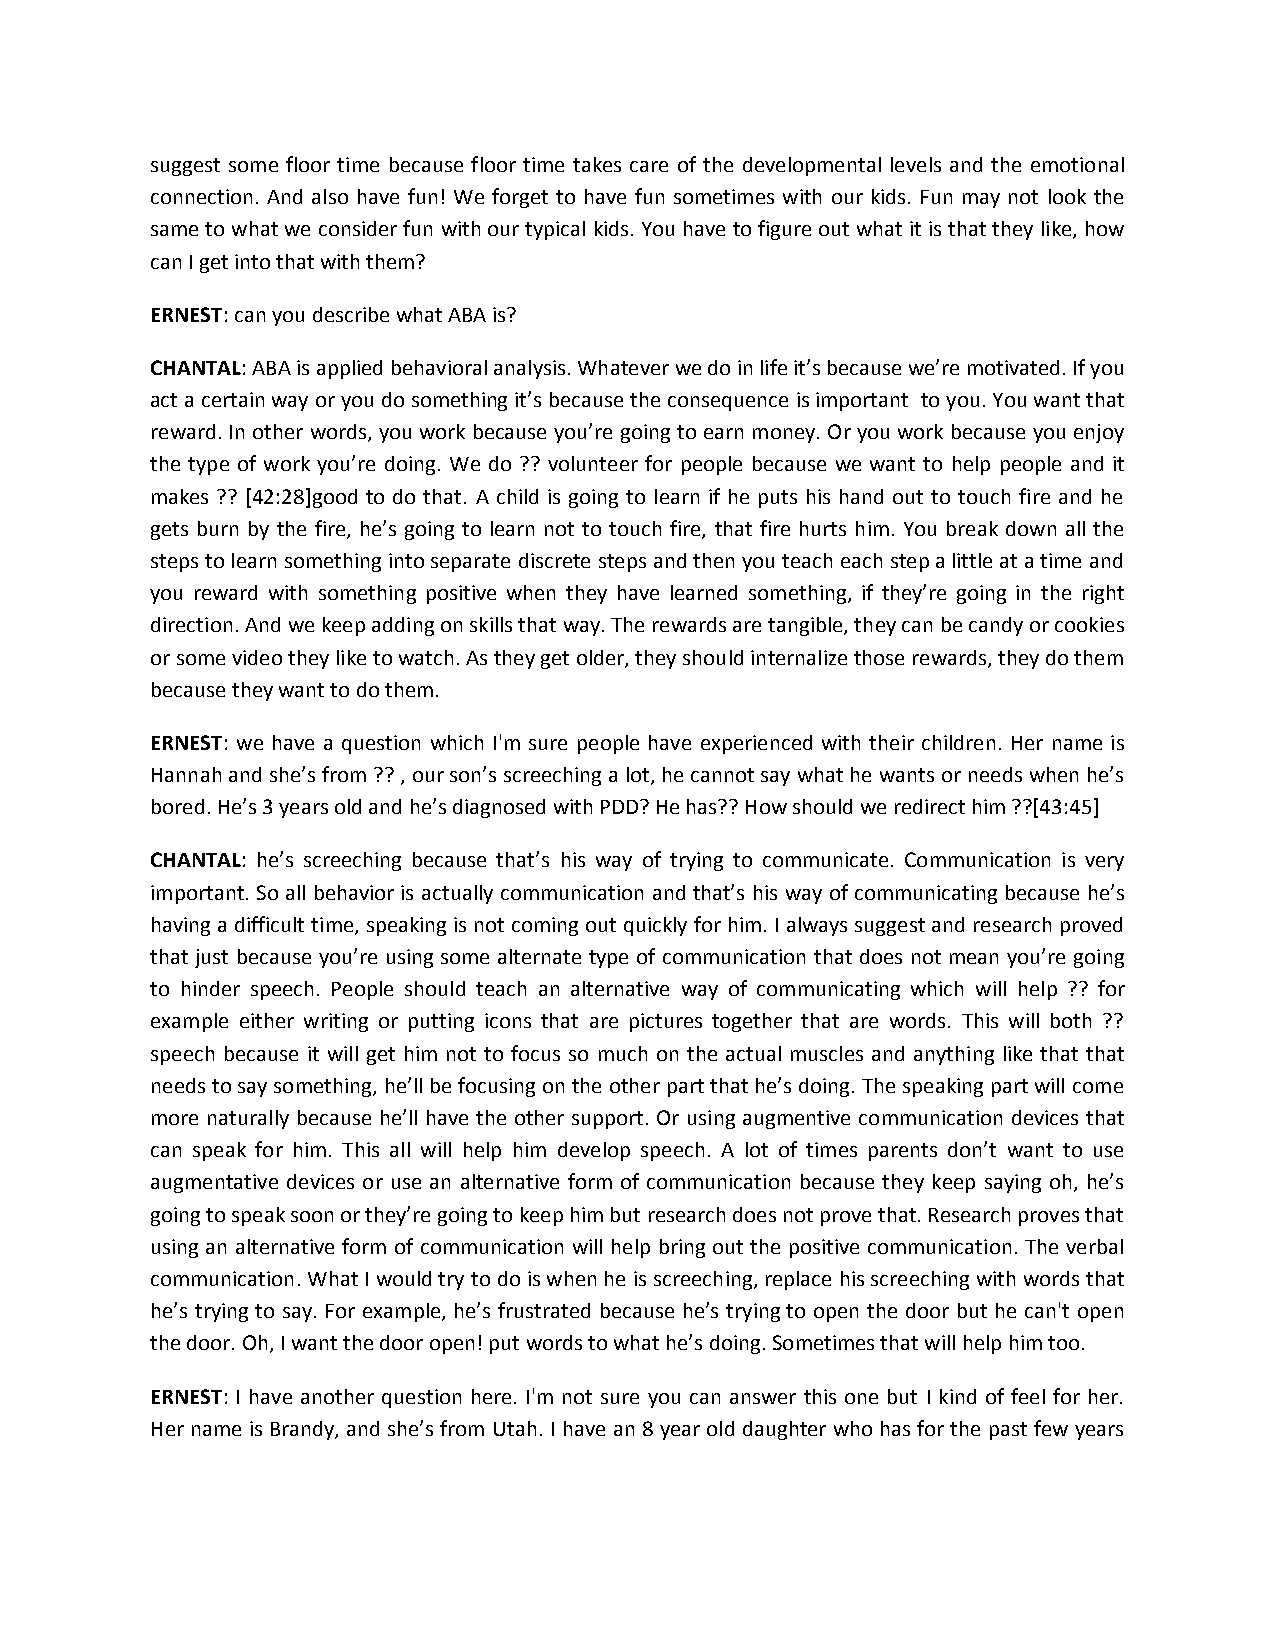
suggest some floor time because floor time takes care of the developmental levels and the emotional
 connection. And also have fun! We forget to have fun sometimes with our kids. Fun may not look the
 same to what we consider fun with our typical kids. You have to figure out what it is that they like, how
 can I get into that with them?
 ERNEST: can you describe what ABA is?
 CHANTAL: ABA is applied behavioral analysis. Whatever we do in life it’s because we’re motivated. If you
 act a certain way or you do something it’s because the consequence is important to you. You want that
 reward. In other words, you work because you’re going to earn money. Or you work because you enjoy
 the type of work you’re doing. We do ?? volunteer for people because we want to help people and it
 makes ?? [42:28]good to do that. A child is going to learn if he puts his hand out to touch fire and he
 gets burn by the fire, he’s going to learn not to touch fire, that fire hurts him. You break down all the
 steps to learn something into separate discrete steps and then you teach each step a little at a time and
 you reward with something positive when they have learned something, if they’re going in the right
 direction. And we keep adding on skills that way. The rewards are tangible, they can be candy or cookies
 or some video they like to watch. As they get older, they should internalize those rewards, they do them
 because they want to do them.
 ERNEST: we have a question which I'm sure people have experienced with their children. Her name is
 Hannah and she’s from ?? , our son’s screeching a lot, he cannot say what he wants or needs when he’s
 bored. He’s 3 years old and he’s diagnosed with PDD? He has?? How should we redirect him ??[43:45]
 CHANTAL: he’s screeching because that’s his way of trying to communicate. Communication is very
 important. So all behavior is actually communication and that’s his way of communicating because he’s
 having a difficult time, speaking is not coming out quickly for him. I always suggest and research proved
 that just because you’re using some alternate type of communication that does not mean you’re going
 to hinder speech. People should teach an alternative way of communicating which will help ?? for
 example either writing or putting icons that are pictures together that are words. This will both ??
 speech because it will get him not to focus so much on the actual muscles and anything like that that
 needs to say something, he’ll be focusing on the other part that he’s doing. The speaking part will come
 more naturally because he’ll have the other support. Or using augmentive communication devices that
 can speak for him. This all will help him develop speech. A lot of times parents don’t want to use
 augmentative devices or use an alternative form of communication because they keep saying oh, he’s
 going to speak soon or they’re going to keep him but research does not prove that. Research proves that
 using an alternative form of communication will help bring out the positive communication. The verbal
 communication. What I would try to do is when he is screeching, replace his screeching with words that
 he’s trying to say. For example, he’s frustrated because he’s trying to open the door but he can't open
 the door. Oh, I want the door open! put words to what he’s doing. Sometimes that will help him too.
 ERNEST: I have another question here. I'm not sure you can answer this one but I kind of feel for her.
 Her name is Brandy, and she’s from Utah. I have an 8 year old daughter who has for the past few years